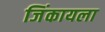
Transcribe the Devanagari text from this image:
जिंकायला